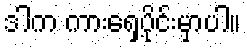
ဒါက ကားရှေ့ပိုင်းမှာပါ။